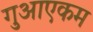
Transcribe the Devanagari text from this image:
गुआएकम